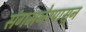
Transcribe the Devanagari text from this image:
संगमनेरपासून